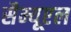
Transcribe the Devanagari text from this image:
सैम्यूएल